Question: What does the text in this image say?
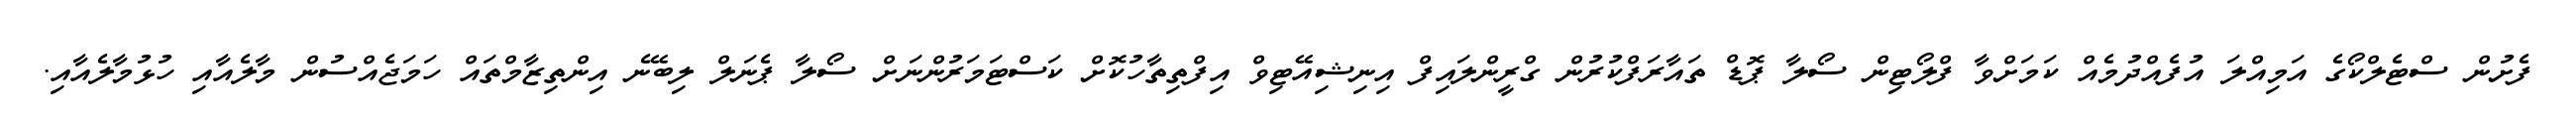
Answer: ފެށުން ސްޓެލްކޯގެ އަމިއްލަ އުފެއްދުމެއް ކަމަށްވާ ފްލޯޓިން ސޯލާ ޕޮޑް ތައާރަފްކުރުން ގްރީންލައިފް އިނިޝިއޭޓިވް އިފްތިތާހުކޮށް ކަސްޓަމަރުންނަށް ސޯލާ ޕެނަލް ލިބޭނެ އިންތިޒާމްތައް ހަމަޖެއްސުން މާލެއާއި ހުޅުމާލެއާއި.